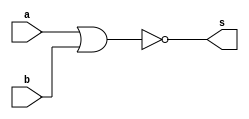
//------------------------------------------------------
//-- Exercicio 2 - NOR
//-- NOME: Afonso de Souza Spinelli
//-- MATRICULA: 266304
//-- DATA: 03/08/2011
//------------------------------------------------------
//---------------------------------------------------------------------
//--02.) Construir a tabela_verdade para a porta NOR  com 2 entradas.
//--     Obs.: Usar operador ( ~(a|b) ) na definicao do modulo.
//--     Usar $display().
//---------------------------------------------------------------------
//
// ---------------------
// -- nor gate
// ---------------------
module norgate ( output s,
                  input a, 
                  input b);

  assign s = ~(a|b);

endmodule // norgate

// ---------------------
// -- test nor gate
// ---------------------
module testnorgate;
// ---------------------- dados locais
   reg a, b; // definir registradores
   wire s;   // definir conexao (fio)

// ------------------------- instancia
   norgate NOR1(s, a, b);

// ------------------------- preparacao
   initial begin:start
           a=0; b=0;
   end

// ------------------------- parte principal
   initial begin
           $display("Exercicio 2 - Afonso Spinelli - 266304");
           $display("Tabela Verdade para porta NOR - v1.0\n");
           $display ("~(a | b) = s\n");
           //a = 0; b = 0;
   #1	   $display ("~(%b | %b) = %b", a, b, s);
           a = 0; b = 1;
   #1	   $display ("~(%b | %b) = %b", a, b, s);
           a = 1; b = 0;
   #1      $display ("~(%b | %b) = %b", a, b, s);
           a = 1; b = 1;
   #1	   $display ("~(%b | %b) = %b", a, b, s);
   end

endmodule // testnorgate